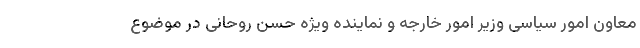
معاون امور سیاسی وزیر امور خارجه و نماینده ویژه حسن روحانی در موضوع